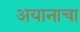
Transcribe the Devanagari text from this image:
अयानाचा